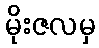
မိုးဇလမှ